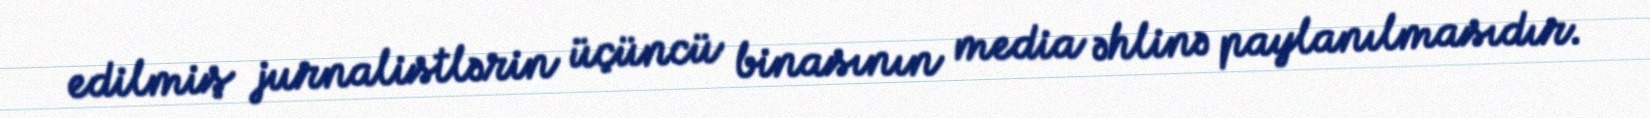
edilmiş jurnalistlərin üçüncü binasının media əhlinə paylanılmasıdır.